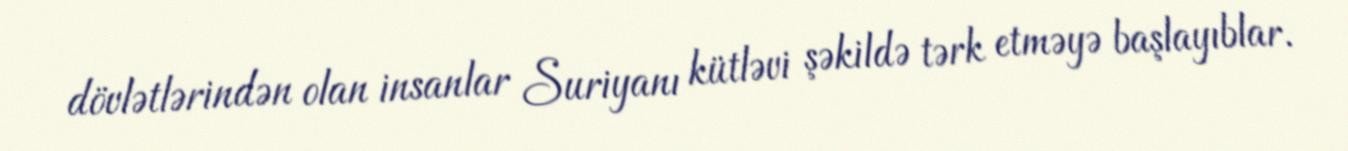
dövlətlərindən olan insanlar Suriyanı kütləvi şəkildə tərk etməyə başlayıblar.